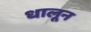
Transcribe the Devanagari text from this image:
धालून